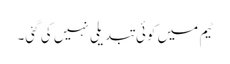
ٹیم میں کوئی تبدیلی نہیں کی گئی۔